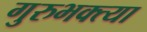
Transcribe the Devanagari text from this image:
गुरुभक्त्या